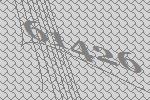
61426